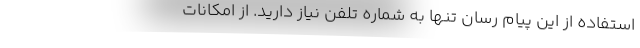
استفاده از این پیام‌ رسان تنها به شماره تلفن نیاز دارید. از امکانات